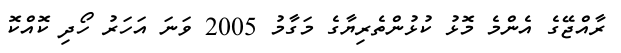
ރާއްޖޭގެ އެންމެ މޮޅު ކުޅުންތެރިޔާގެ މަގާމު 2005 ވަނަ އަހަރު ހޯދި ކޮއްކޮ